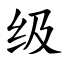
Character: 级